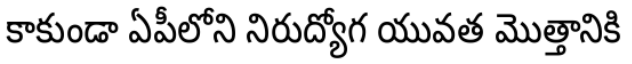
కాకుండా ఏపీలోని నిరుద్యోగ యువత మొత్తానికి